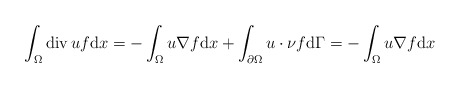
\begin{align*}\int_{\Omega} \mathrm{div}\, u f \mathrm{d} x = -\int_{\Omega} u \nabla f \mathrm{d} x + \int_{\partial \Omega} u \cdot \nu f \mathrm{d} \Gamma= -\int_{\Omega} u \nabla f \mathrm{d} x\end{align*}